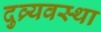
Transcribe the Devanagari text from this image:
दुव्र्यवस्था